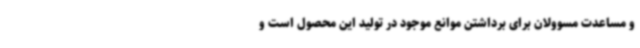
و مساعدت مسوولان برای برداشتن موانع موجود در تولید این محصول است و